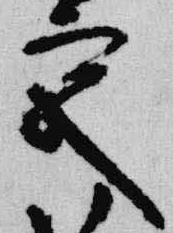
宮